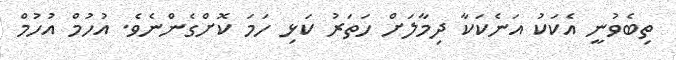
ތިބެވުނީ އެކަކު އަނެކަކާ ދިމާލަށް ހަތަރު ކަޅި ހަމަ ކޮށްގެންނެވެ. އުހުމް އުހުމް